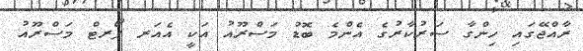
ރާއްޖޭގައި ހިންގާ ސަރުކާރުގެ އެންމެ ބޮޑު މަސްރޫއު އަކީ އެއަރ ޕޯރޓް މަސްރޫއު